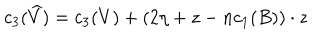
LaTeX: c _ { 3 } ( \widehat { V } ) = c _ { 3 } ( V ) + ( 2 \eta + z - n c _ { 1 } ( B ) ) \cdot z